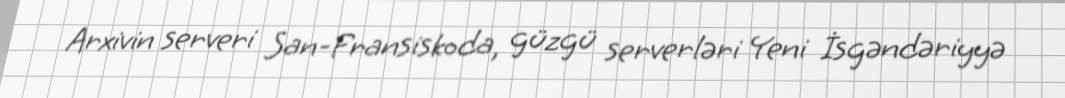
Arxivin serveri San-Fransiskoda, güzgü serverləri Yeni İsgəndəriyyə